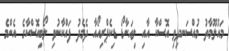
މައުލޫމާތު މުއްސަނދިވި އޮސްކާ އާއި ލިއަނާޑޯ ޑިކެޕްރިއޯއާ ދެމެދު ފައްކާނުވި ލޯބިއޮސްކާގެ އެންމެ